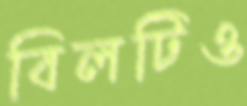
বিলটিও